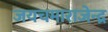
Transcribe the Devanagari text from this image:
जयचमाराजेन्द्र